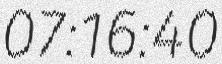
07:16:40